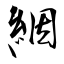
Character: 絪